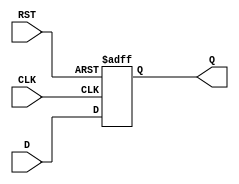
module StoreRegister (
    input wire D,        // Data Input
    input wire CLK,      // Clock Input
    input wire RST,      // Asynchronous Reset
    output reg Q         // Data Output
);

// Asynchronous Reset and Synchronous Capture
always @(posedge CLK or posedge RST) begin
    if (RST) begin
        Q <= 1'b0;      // Clear the register on reset
    end else begin
        Q <= D;         // Capture the data on clock edge
    end
end

endmodule